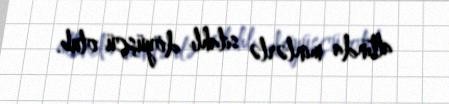
altında minlərlə silahlı döyüşçü olub.